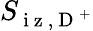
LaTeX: S_{\mathrm{~i~z~},\mathrm{~D~}^{+}}